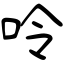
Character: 呤